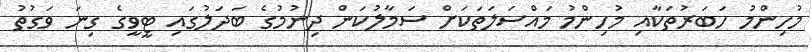
މުހިންމު ހަބަރުތަކާއި މުހިންމު މައްސަލަތަކަށް ސަމާލުކަން ދިނުމުގެ ބަދަލުގައި ޓީވީގެ ގިނަ ވަގުތު